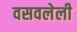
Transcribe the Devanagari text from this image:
वसवलेली